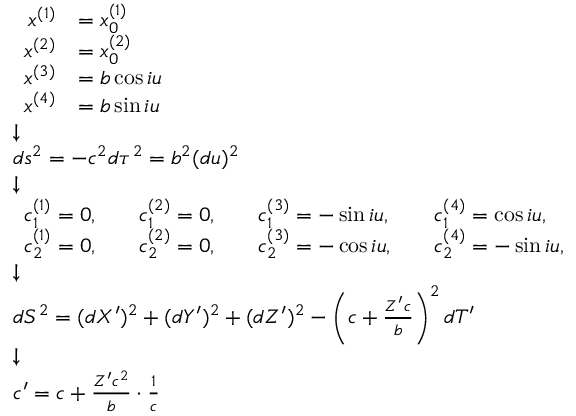
{ \scriptstyle { \begin{array} { l } { { \begin{array} { r l } { x ^ { ( 1 ) } } & { = x _ { 0 } ^ { ( 1 ) } } \\ { x ^ { ( 2 ) } } & { = x _ { 0 } ^ { ( 2 ) } } \\ { x ^ { ( 3 ) } } & { = b \cos i u } \\ { x ^ { ( 4 ) } } & { = b \sin i u } \end{array} } } \\ { { \boldsymbol { \downarrow } } } \\ { d s ^ { 2 } = - c ^ { 2 } d \tau ^ { 2 } = b ^ { 2 } ( d u ) ^ { 2 } } \\ { { \boldsymbol { \downarrow } } } \\ { { \begin{array} { l l l l l l l } { c _ { 1 } ^ { ( 1 ) } = 0 , } & & { c _ { 1 } ^ { ( 2 ) } = 0 , } & & { c _ { 1 } ^ { ( 3 ) } = - \sin i u , } & & { c _ { 1 } ^ { ( 4 ) } = \cos i u , } \\ { c _ { 2 } ^ { ( 1 ) } = 0 , } & & { c _ { 2 } ^ { ( 2 ) } = 0 , } & & { c _ { 2 } ^ { ( 3 ) } = - \cos i u , } & & { c _ { 2 } ^ { ( 4 ) } = - \sin i u , } \end{array} } } \\ { { \boldsymbol { \downarrow } } } \\ { d S ^ { 2 } = ( d X ^ { \prime } ) ^ { 2 } + ( d Y ^ { \prime } ) ^ { 2 } + ( d Z ^ { \prime } ) ^ { 2 } - \left( c + { \frac { Z ^ { \prime } c } { b } } \right) ^ { 2 } d T ^ { \prime } } \\ { { \boldsymbol { \downarrow } } } \\ { c ^ { \prime } = c + { \frac { Z ^ { \prime } c ^ { 2 } } { b } } \cdot { \frac { 1 } { c } } } \end{array} } }